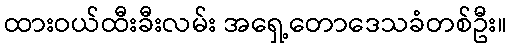
ထားဝယ်ထီးခီးလမ်း အရှေ့တောဒေသခံတစ်ဦး။